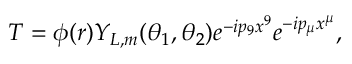
T = \phi ( r ) Y _ { L , m } ( \theta _ { 1 } , \theta _ { 2 } ) e ^ { - i p _ { 9 } x ^ { 9 } } e ^ { - i p _ { \mu } x ^ { \mu } } ,